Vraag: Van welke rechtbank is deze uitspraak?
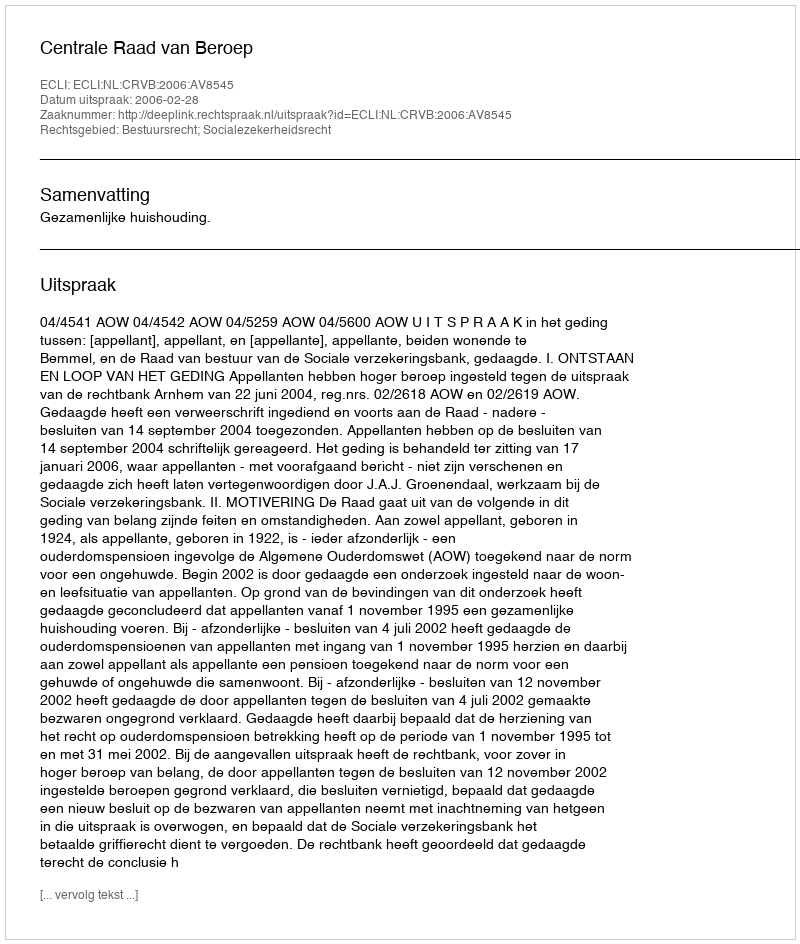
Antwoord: Centrale Raad van Beroep